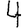
Digit: 4